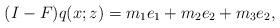
LaTeX: \begin{align*}(I-F)q(x;z)=m_1 e_1+m_2 e_2+m_3 e_2,\end{align*}